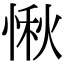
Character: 愀